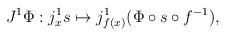
LaTeX: \begin{align*}J^1\Phi : j_x^1s\mapsto j_{f(x)}^1(\Phi\circ s\circ f^{-1}),\end{align*}